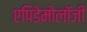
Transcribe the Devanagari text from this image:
एपिडेमोलॉजी